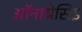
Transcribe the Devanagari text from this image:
ऑनाग्रेसिई